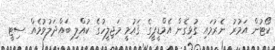
ކޯޓުން އަމުރު ނެރުމައި ގުޅިގެން އެމްޑީޕީގެ ޤައުމީ މަޖިލީހުގެ ކުއްލި ބައްދަލުވުމެއް ސިޓީ